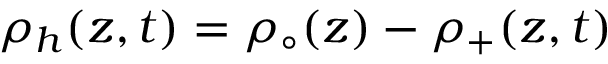
\rho _ { h } ( z , t ) = \rho _ { \circ } ( z ) - \rho _ { + } ( z , t )